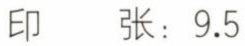
印  张：9.5